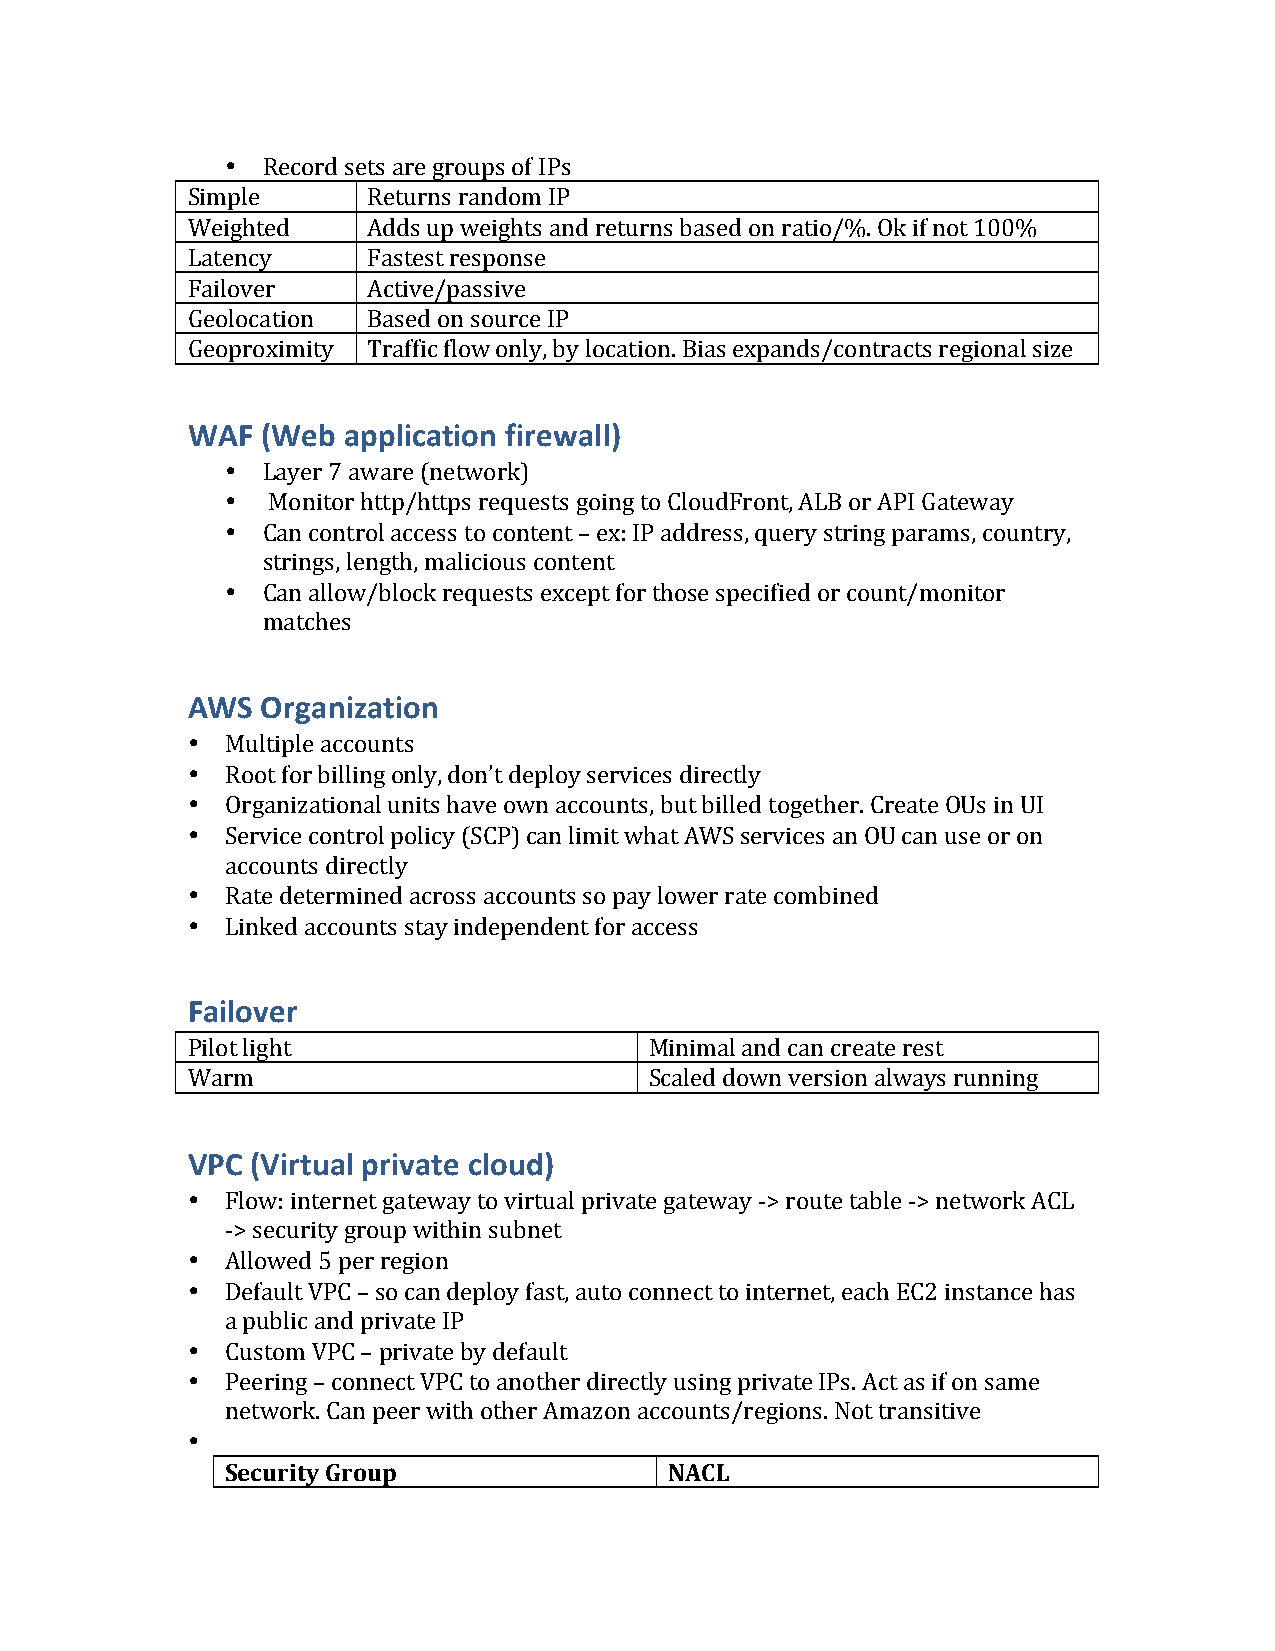
• Record sets are groups of IPs
 Simple      Returns random IP
 Weighted    Adds up weights and returns based on ratio/%. Ok if not 100%
 Latency     Fastest response
 Failover    Active/passive
 Geolocation Based on source IP
 Geoproximity Traffic flow only, by location. Bias expands/contracts regional size
 WAF  (Web  application firewall)
 • Layer 7 aware (network)
 •  Monitor http/https requests going to CloudFront, ALB or API Gateway
 • Can control access to content – ex: IP address, query string params, country,
 strings, length, malicious content
 • Can allow/block requests except for those specified or count/monitor
 matches
 AWS  Organization
 •  Multiple accounts
 •  Root for billing only, don’t deploy services directly
 •  Organizational units have own accounts, but billed together. Create OUs in UI
 •  Service control policy (SCP) can limit what AWS services an OU can use or on
 accounts directly
 •  Rate determined across accounts so pay lower rate combined
 •  Linked accounts stay independent for access
 Failover
 Pilot light                    Minimal and can create rest
 Warm                           Scaled down version always running
 VPC  (Virtual private cloud)
 •  Flow: internet gateway to virtual private gateway -> route table -> network ACL
 -> security group within subnet
 •  Allowed 5 per region
 •  Default VPC – so can deploy fast, auto connect to internet, each EC2 instance has
 a public and private IP
 •  Custom VPC – private by default
 •  Peering – connect VPC to another directly using private IPs. Act as if on same
 network. Can peer with other Amazon accounts/regions. Not transitive
 •
 Security Group               NACL